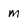
Character: m